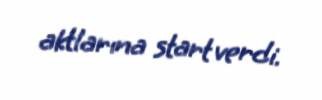
aktlarına start verdi.